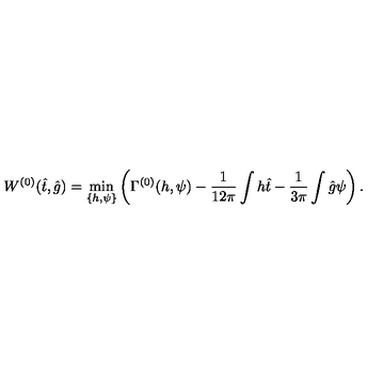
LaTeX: W ^ { ( 0 ) } ( \hat { t } , \hat { g } ) = \min _ { \{ h , \psi \} } \left( \Gamma ^ { ( 0 ) } ( h , \psi ) - \frac { 1 } { 1 2 \pi } \int h \hat { t } - \frac { 1 } { 3 \pi } \int \hat { g } \psi \right) .